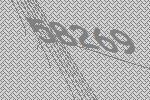
58269